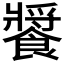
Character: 𩞟